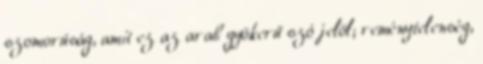
szomorúság, amit ez az arab gyökerű szó jelöl; reménytelenség,